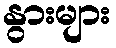
နွားများ